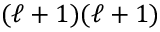
( \ell + 1 ) ( \ell + 1 )